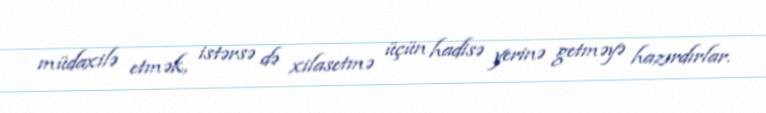
müdaxilə etmək, istərsə də xilasetmə üçün hadisə yerinə getməyə hazırdırlar.